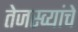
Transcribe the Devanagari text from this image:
तेजस्व्यांचे